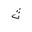
Letter: _tha